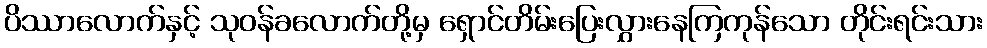
ပိဿာလောက်နှင့် သုဝန်ခလောက်တို့မှ ရှောင်တိမ်းပြေးလွှားနေကြကုန်သော တိုင်းရင်းသား